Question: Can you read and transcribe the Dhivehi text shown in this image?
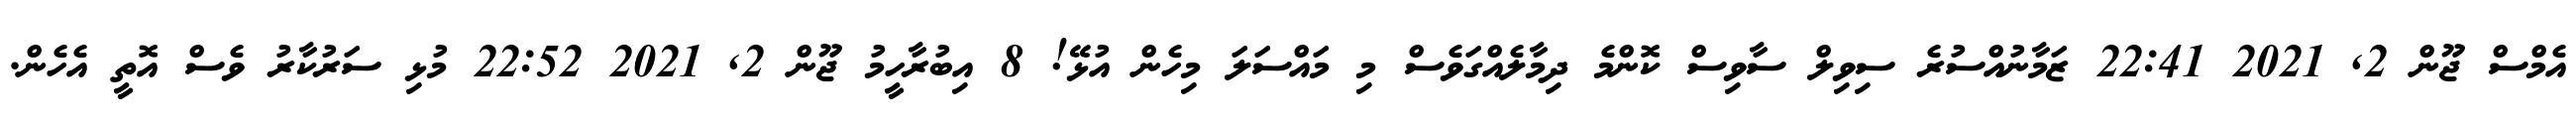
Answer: އެމްސް ޖޫން 2, 2021 22:41 ޒަމާނުއްސުރެ ސިވިލް ސާވިސް ކޮންމެ ދިމާލެއްގަވެސް މި މައްސަލަ މިހެން އުޅޭ! 8 އިބުރާހީމު ޖޫން 2, 2021 22:52 މުޅި ސަރުކާރު ވެސް އޮތީ އެހެން.